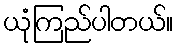
ယုံကြည်ပါတယ်။